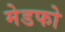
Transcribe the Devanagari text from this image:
मेडफो